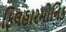
ફિલહારમોનિક